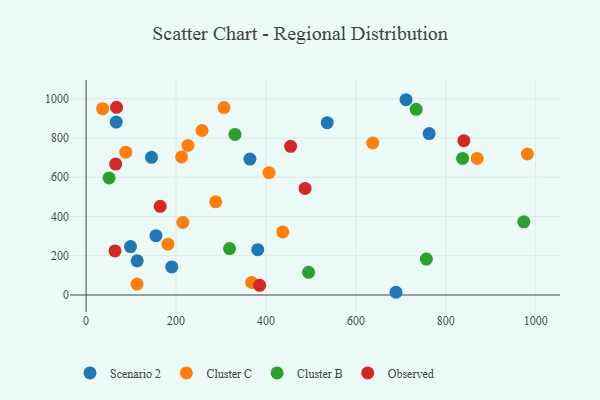
{"axis": {"x": "Ad Spend", "y": "Sales"}, "legend": ["Cluster B", "Cluster C", "Observed", "Scenario 2"], "data": [{"x": "689.1", "y": 13.9, "type": "Scenario 2"}, {"x": "98.8", "y": 246.6, "type": "Scenario 2"}, {"x": "113.7", "y": 174.4, "type": "Scenario 2"}, {"x": "536.2", "y": 878.0, "type": "Scenario 2"}, {"x": "190.5", "y": 143.1, "type": "Scenario 2"}, {"x": "155.4", "y": 302.4, "type": "Scenario 2"}, {"x": "67.0", "y": 881.2, "type": "Scenario 2"}, {"x": "145.5", "y": 701.6, "type": "Scenario 2"}, {"x": "762.8", "y": 822.7, "type": "Scenario 2"}, {"x": "381.7", "y": 231.1, "type": "Scenario 2"}, {"x": "711.4", "y": 995.0, "type": "Scenario 2"}, {"x": "364.4", "y": 692.7, "type": "Scenario 2"}, {"x": "288.3", "y": 474.9, "type": "Cluster C"}, {"x": "182.0", "y": 258.8, "type": "Cluster C"}, {"x": "36.8", "y": 949.5, "type": "Cluster C"}, {"x": "306.7", "y": 955.2, "type": "Cluster C"}, {"x": "637.3", "y": 774.4, "type": "Cluster C"}, {"x": "981.3", "y": 718.4, "type": "Cluster C"}, {"x": "88.3", "y": 727.5, "type": "Cluster C"}, {"x": "113.2", "y": 55.5, "type": "Cluster C"}, {"x": "226.5", "y": 762.1, "type": "Cluster C"}, {"x": "406.8", "y": 623.2, "type": "Cluster C"}, {"x": "212.4", "y": 703.5, "type": "Cluster C"}, {"x": "368.1", "y": 63.9, "type": "Cluster C"}, {"x": "215.1", "y": 369.7, "type": "Cluster C"}, {"x": "437.3", "y": 321.2, "type": "Cluster C"}, {"x": "257.9", "y": 838.1, "type": "Cluster C"}, {"x": "869.7", "y": 696.0, "type": "Cluster C"}, {"x": "734.0", "y": 946.3, "type": "Cluster B"}, {"x": "319.0", "y": 236.8, "type": "Cluster B"}, {"x": "756.7", "y": 183.3, "type": "Cluster B"}, {"x": "837.3", "y": 696.0, "type": "Cluster B"}, {"x": "973.4", "y": 372.8, "type": "Cluster B"}, {"x": "494.7", "y": 115.6, "type": "Cluster B"}, {"x": "51.2", "y": 596.7, "type": "Cluster B"}, {"x": "331.1", "y": 818.1, "type": "Cluster B"}, {"x": "64.3", "y": 224.5, "type": "Observed"}, {"x": "840.0", "y": 786.2, "type": "Observed"}, {"x": "487.0", "y": 542.9, "type": "Observed"}, {"x": "65.9", "y": 667.3, "type": "Observed"}, {"x": "385.9", "y": 49.1, "type": "Observed"}, {"x": "164.8", "y": 451.7, "type": "Observed"}, {"x": "67.8", "y": 956.2, "type": "Observed"}, {"x": "454.8", "y": 757.6, "type": "Observed"}]}